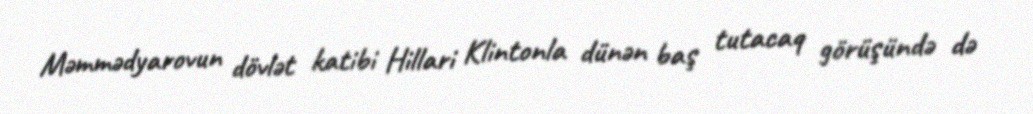
Məmmədyarovun dövlət katibi Hillari Klintonla dünən baş tutacaq görüşündə də